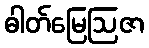
ဓါတ်မြေဩဇာ